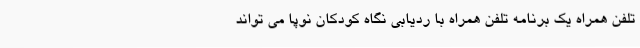
تلفن همراه یک برنامه تلفن همراه با ردیابی نگاه کودکان نوپا می تواند